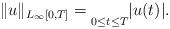
LaTeX: \begin{align*}\Vert u\Vert_{L_{\infty}[0,T]} =\underset{0\leq t\leq T}{}|u(t)|.\end{align*}